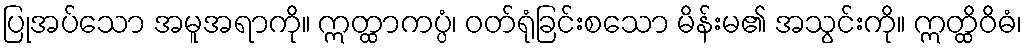
ပြုအပ်သော အမူအရာကို။ ဣတ္ထာကပ္ပံ၊ ဝတ်ရုံခြင်းစသော မိန်းမ၏ အသွင်းကို။ ဣတ္ထိဝိဓံ၊